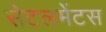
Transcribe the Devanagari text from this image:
सेटलमेंटस